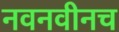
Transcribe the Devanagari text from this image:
नवनवीनच